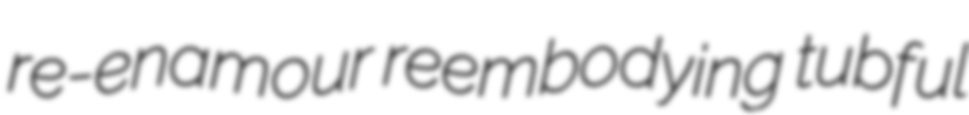
re-enamour reembodying tubful